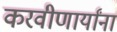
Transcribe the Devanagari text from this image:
करवीणार्यांना